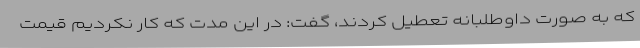
که به صورت داوطلبانه تعطیل کردند، گفت: در این مدت که کار نکردیم قیمت